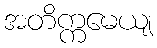
အတိက္ကမေယျ